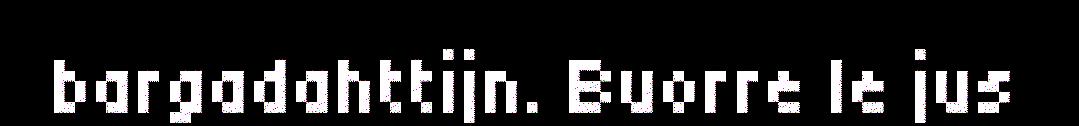
bargadahttijn. Buorre le jus